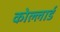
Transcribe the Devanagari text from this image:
कोल्लार्ड